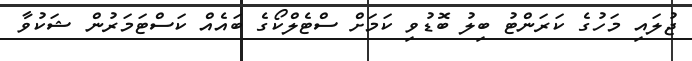
ޖުލައި މަހުގެ ކަރަންޓު ބިލު ބޮޑުވި ކަމަށް ސްޓެލްކޯގެ ބައެއް ކަސްޓަމަރުން ޝަކުވާ